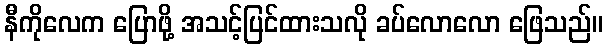
နီကိုလေက ပြောဖို့ အသင့်ပြင်ထားသလို ခပ်လောလော ဖြေသည်။